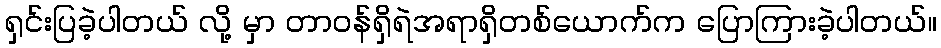
ရှင်းပြခဲ့ပါတယ် လို့ မှာ တာဝန်ရှိရဲအရာရှိတစ်ယောက်က ပြောကြားခဲ့ပါတယ်။